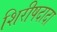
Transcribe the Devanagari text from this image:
शिरीषदादा